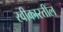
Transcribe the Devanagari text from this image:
स्वीकारतील